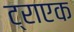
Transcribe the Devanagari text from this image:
ट्राएक